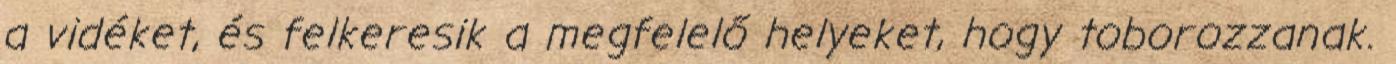
a vidéket, és felkeresik a megfelelő helyeket, hogy toborozzanak.